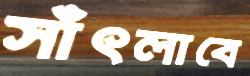
সাঁৎলাবে